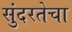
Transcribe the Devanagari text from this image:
सुंदरतेचा